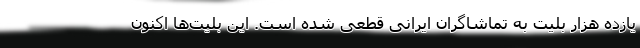
یازده هزار بلیت به تماشاگران ایرانی قطعی شده است. این بلیت‌ها اکنون